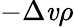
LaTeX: -\Delta\mathit{v}\rho